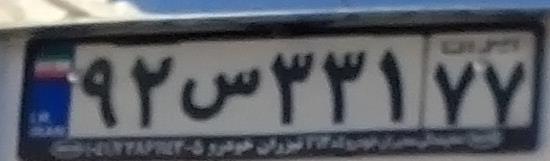
۹۲س۳۳۱۷۷